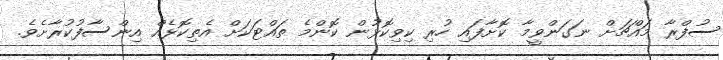
ސުފްރާ މައްޗަށް ނަގަންވީމާ ކޮށާފައި ހުރި ކިވިކޮޅުން ކޮންމެ ތައްޓަކަށް އެތިކޮޅެއް އިންސާފުކުރާށެވެ.